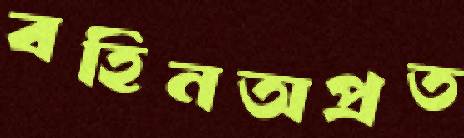
বহিনঅপ্রত